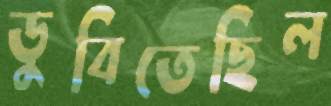
ডুবিতেছিল